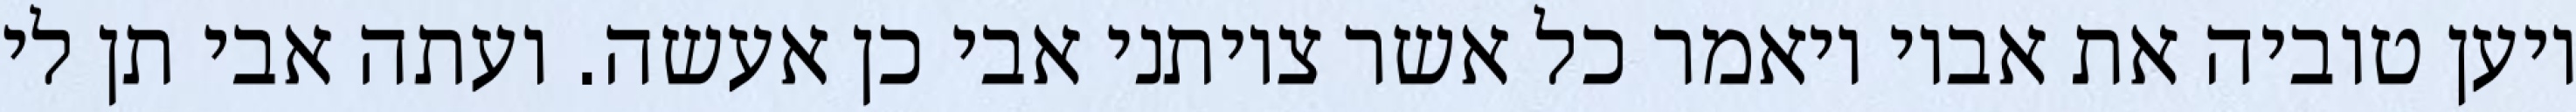
ויען טוביה את אביו ויאמר כל אשר צויתני אבי כן אעשה. ועתה אבי תן לי